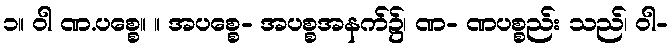
၁။ ဝါ ဏ.ပစ္စေ။ ။ အပစ္စေ- အပစ္စအနက်၌၊ ဏ- ဏပစ္စည်း သည်၊ ဝါ-